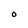
Character: o